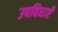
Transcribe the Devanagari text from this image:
उपविधाएँ